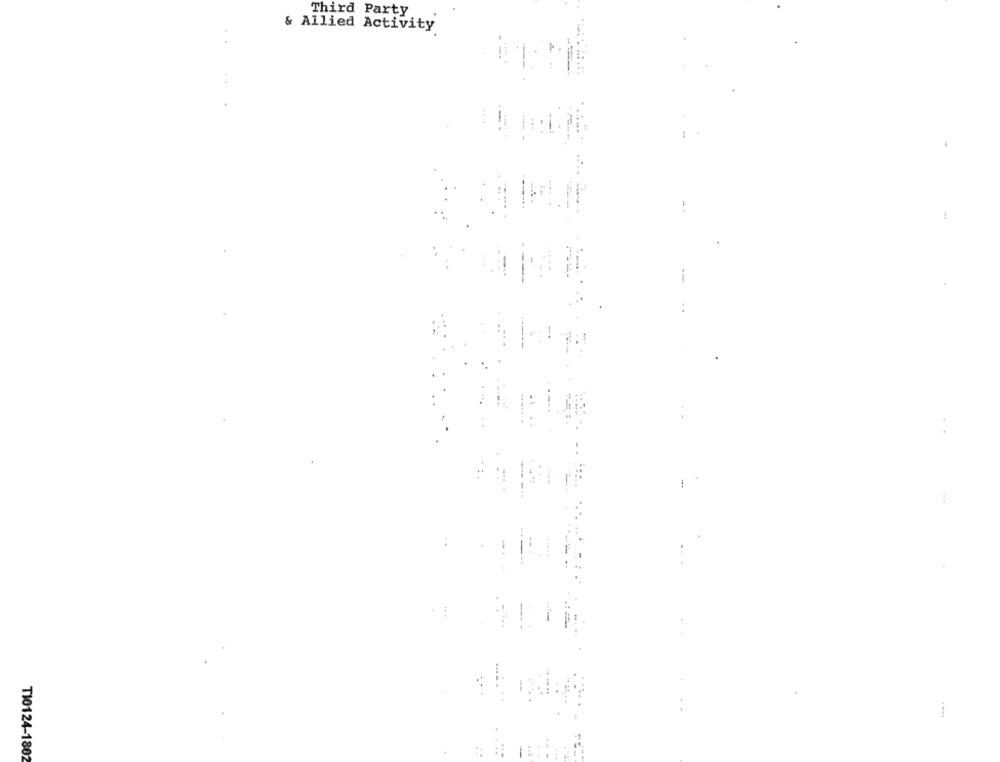
Third Party
& Allied Activity
T10124-1802